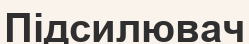
Підсилювач